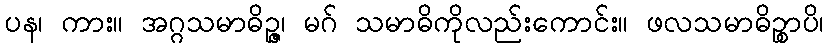
ပန၊ ကား။ အဂ္ဂသမာဓိဉ္ဇ၊ မဂ် သမာဓိကိုလည်းကောင်း။ ဖလသမာဓိဉ္စာပိ၊